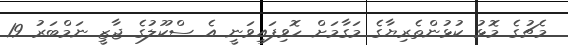
މެޗުގެ މޮޅު ކުޅުންތެރިޔާގެ މަގާމަށް ހޮވިފައިވަނީ އެ ސްކޫލުގެ ޖާޒީ ނަމްބަރު 19